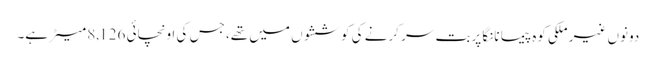
دونوں غیر ملکی کوہ پیما نانگا پربت سر کرنے کی کوششوں میں تھے، جس کی اونچائی 8,126 میٹر ہے۔